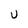
Character: U